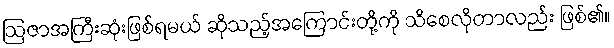
ဩဇာအကြီးဆုံးဖြစ်ရမယ် ဆိုသည့်အကြောင်းတို့ကို သိစေလိုတာလည်း ဖြစ်၏။